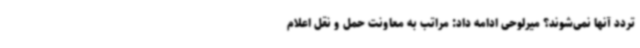
تردد آنها نمی‌شوند؟ میرلوحی ادامه داد: مراتب به معاونت حمل و نقل اعلام